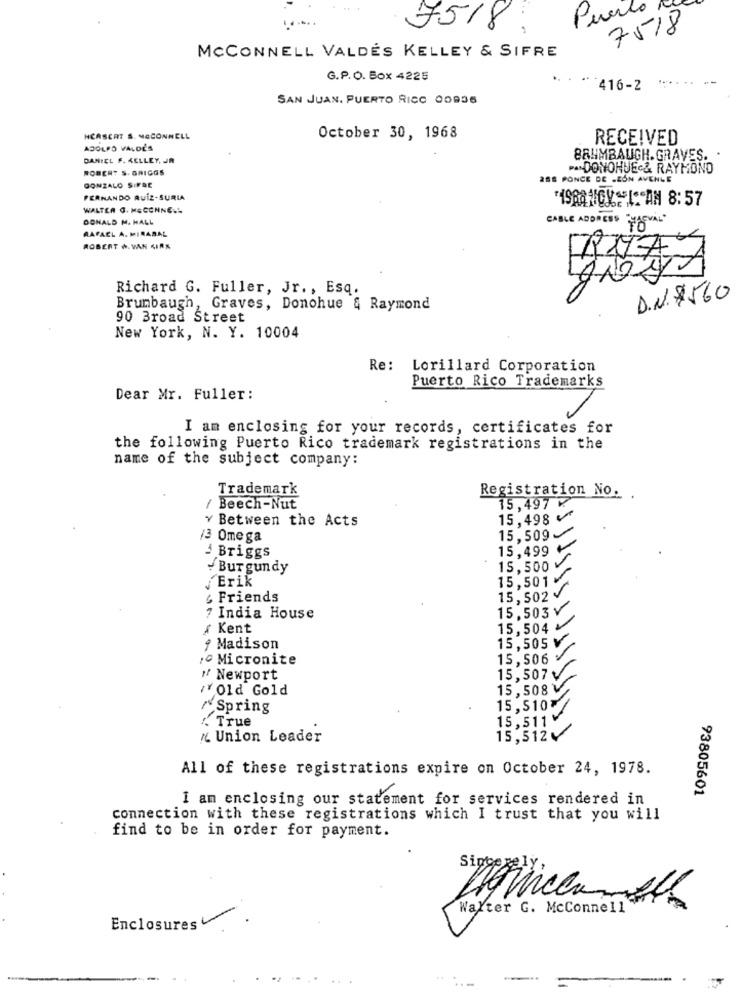
Puerto
7518 ;
7518
MCCONNELL VALDÉS KELLEY & SIFRE
G.P.O. Box 4225
416-2
SAN JUAN, PUERTO RICO 00936
HCASERT S. MCCONNELL
October 30, 1968
RECEIVED
ADOLFO VALOL'S
DANIEL F. KELLEY, JR
BRUMBAUGH. GRAVES. .
ROBERT S. GRIGGS
P. DONOHUE& RAYMOND
GONZALO SIFRE
288 PONCE DE LEÓN AVENUE
FERNANDO RUIZ-SURIA
ISRA NICY I: AN 8:57
WALTER G. MECONNE.L
DONALD M. HALL
RAFAEL A. MIRABAL
CABLE ADDRESS "ZAEVAL"
ROBERT W. VAN KIRK
Richard G. Fuller, Jr. , Esq.
D.N. 7560
Brumbaugh, Graves, Donohue & Raymond
90 Broad Street
New York, N. Y. 10004
Re: Lorillard Corporation
Puerto Rico Trademarks
Dear Mr. Fuller:
I am enclosing for your records, certificates for
the following Puerto Rico trademark registrations in the
name of the subject company:
Trademark
Registration No.
/ Beech-Nut
15,497 ₽
Y Between the Acts
15,498
15,509
13 Ome ga
15,499 ₺
å Briggs
Burgundy
15,500 v
Erik
15,501¥
& Friends
15,502
15.503 V
7 India House
, Kent
15,504
៛ Madison
15,505
Micronite
15,506
" Newport
15,507v
YOld Gold
15,508V
~Spring
15, 510₸/
" True
15,511
15,512
IL Union Leader
All of these registrations expire on October 24, 1978.
93805601
I am enclosing our statement for services rendered in
connection with these registrations which I trust that you will
find to be in order for payment.
sincerely
Walter G. McConnell
Enclosures.